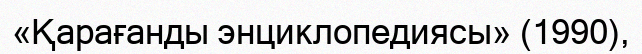
«Қарағанды энциклопедиясы» (1990),